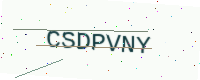
Text: CSDPVNY